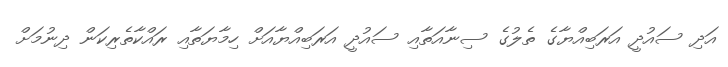
އަދި ސައުދީ އަރަބިއްޔާގެ ތެލުގެ ސިނާއަތާއި ސައުދީ އަރަބިއްޔާއަށް ހިމާޔަތާއި ރައްކާތެރިކަން ދިނުމަށް